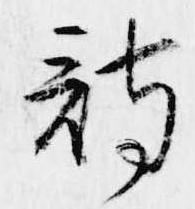
詩